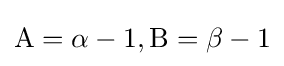
\mathrm {A} =\alpha -1,\mathrm {B} =\beta -1